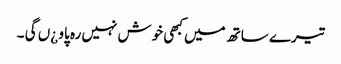
تیرے ساتھ میں کبھی خوش نہیں رہ پاو ¿ں گی ۔